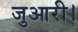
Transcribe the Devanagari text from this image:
जुआरी।